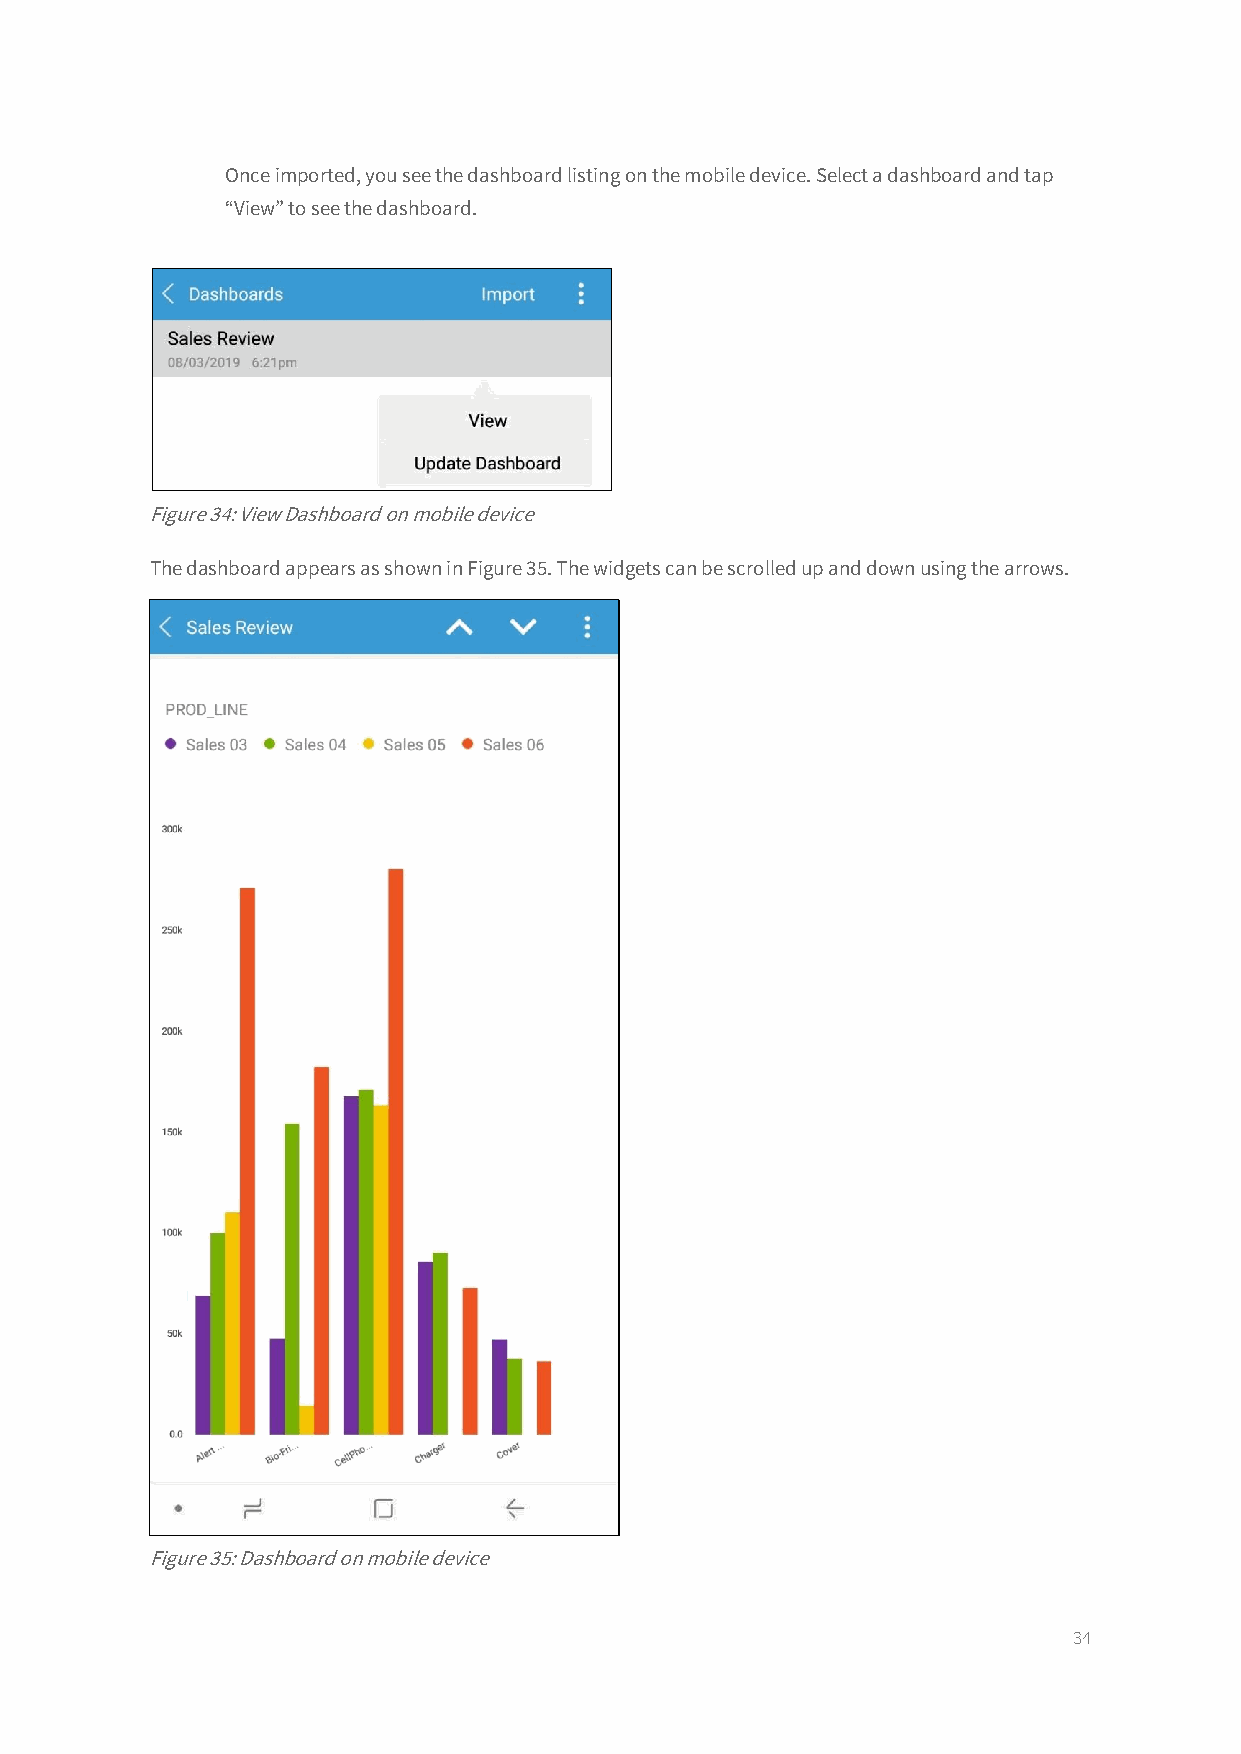
Once imported, you see the dashboard listing on the mobile device. Select a dashboard and tap
 “View” to see the dashboard.
 Figure 34: View Dashboard on mobile device
 The dashboard appears as shown in Figure 35. The widgets can be scrolled up and down using the arrows.
 Figure 35: Dashboard on mobile device
 34